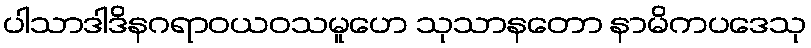
ပါသာဒါဒိနဂရာဝယဝသမူဟေ သုသာနတော နာမိကပဒေသု